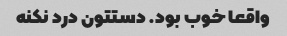
واقعا خوب بود. دستتون درد نکنه